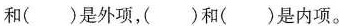
和( )是外项，( )和( )是内项。